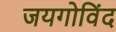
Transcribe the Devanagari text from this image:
जयगोविंद